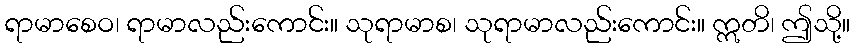
ရာမာစေဝ၊ ရာမာလည်းကောင်း။ သုရာမာစ၊ သုရာမာလည်းကောင်း။ ဣတိ၊ ဤသို့။